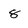
Character: 8